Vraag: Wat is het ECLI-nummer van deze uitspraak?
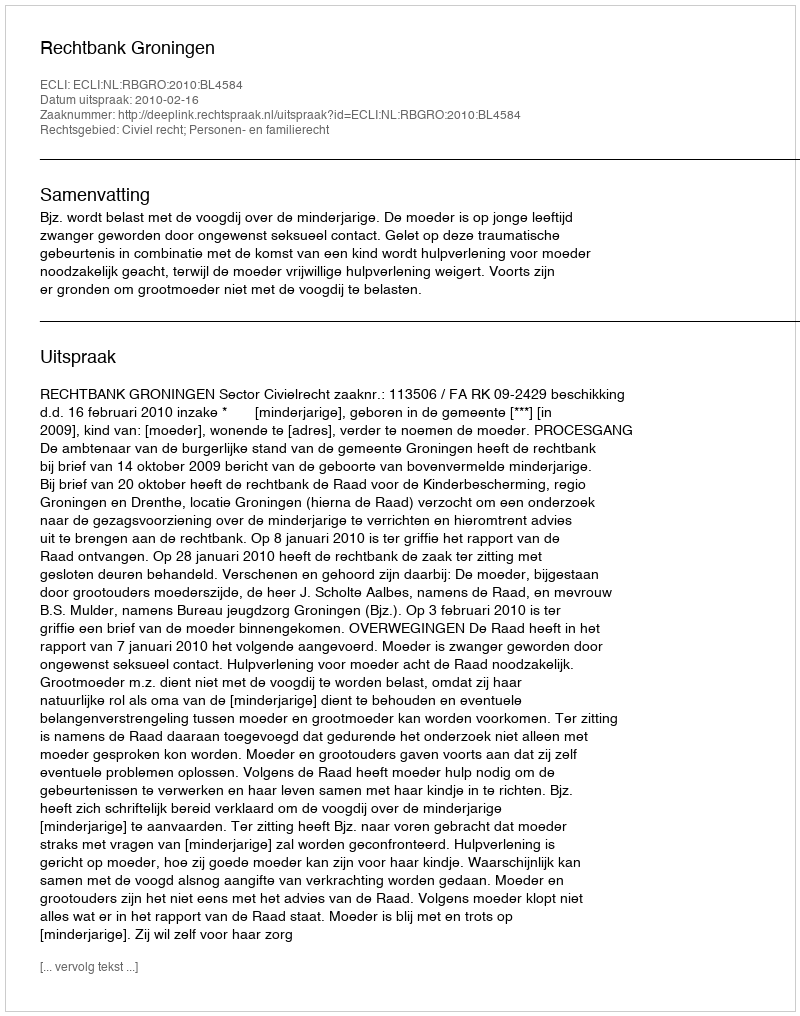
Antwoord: ECLI:NL:RBGRO:2010:BL4584